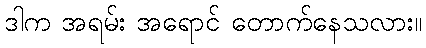
ဒါက အရမ်း အရောင် တောက်နေသလား။